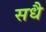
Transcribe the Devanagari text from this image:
सधै